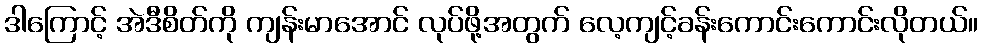
ဒါကြောင့် အဲဒီစိတ်ကို ကျန်းမာအောင် လုပ်ဖို့အတွက် လေ့ကျင့်ခန်းကောင်းကောင်းလိုတယ်။